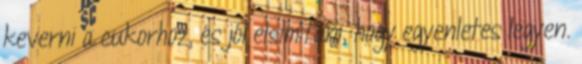
keverni a cukorhoz, és jól elsimítani, hogy egyenletes legyen.